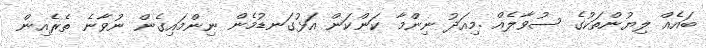
ބައެއް ލިޔުންތަކުގެ ސުވާލެއް .މިއަދު ނިންމާ ކަންކަން އަޅުގަނޑުމެން ނިންމައިގެން ނުވާނެ ތެރެއިން